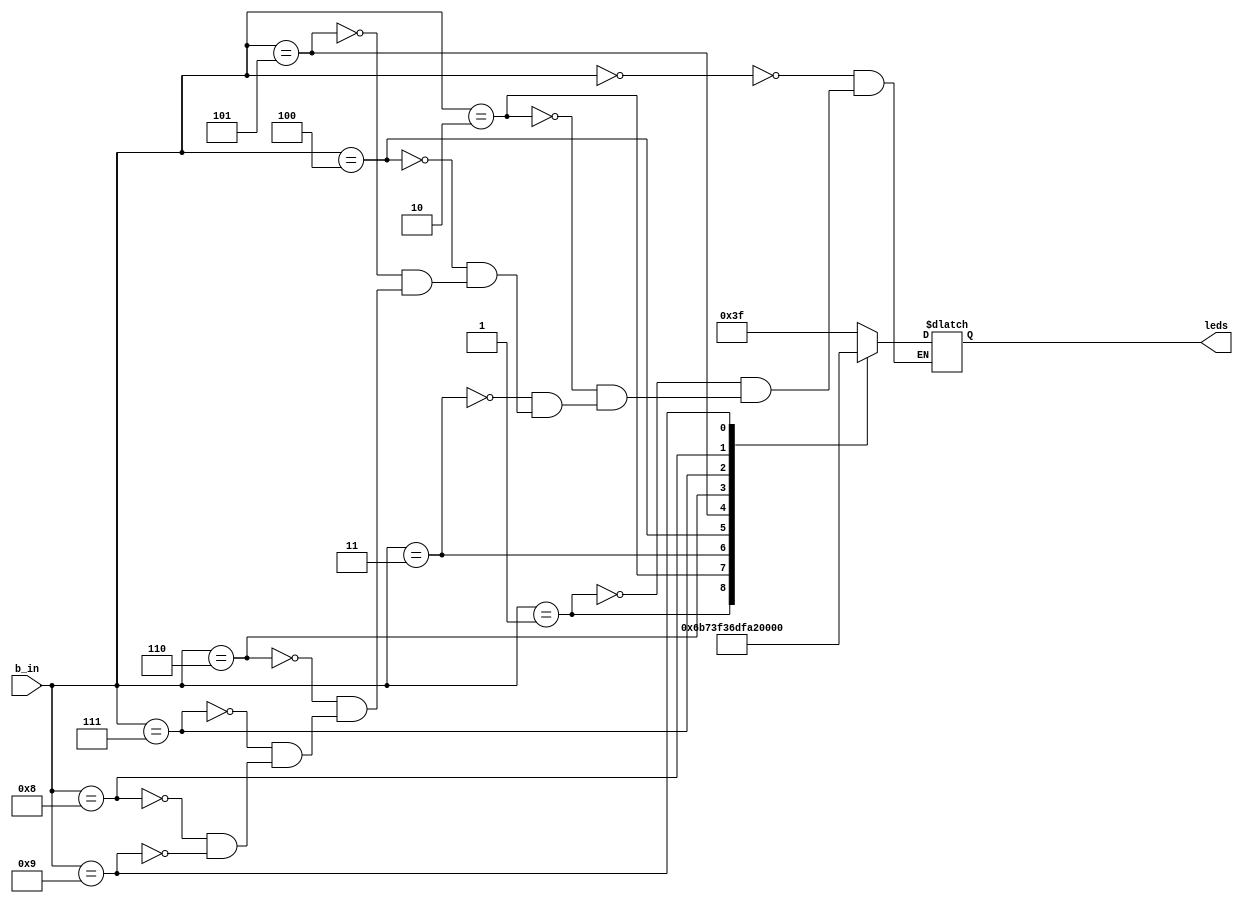
`timescale 1ns / 1ps

module truth_table_7_seg(

    input [3:0] b_in,
    output reg [6:0] leds
   
    );
    
    
    always @(b_in) begin
    
        case (b_in)
            0: leds = 7'b0111111;
            1: leds = 7'b0000110;
            2: leds = 7'b1011011;
            3: leds = 7'b1001111;
            4: leds = 7'b1100110;
            5: leds = 7'b1101101;
            6: leds = 7'b1111101;
            7: leds = 7'b0000111;
            8: leds = 7'b1111111;
            9: leds = 7'b1101111;
        endcase
    end 
    
endmodule